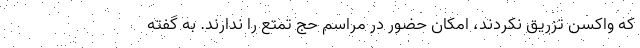
که واکسن تزریق نکردند، امکان حضور در مراسم حج تمتع را ندارند. به گفته